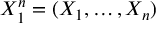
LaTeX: X _ { 1 } ^ { n } = ( X _ { 1 } , \dots , X _ { n } )